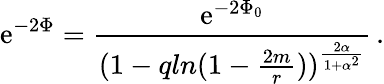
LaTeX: \mathrm{e}^{-2\Phi}={\frac{{\mathrm{e}^{-2\Phi_{0}}}}{{(1-qln(1-{\frac{{2m}}{{r}}}))^{\frac{{2\alpha}}{{1+\alpha^{2}}}}}}}\, .